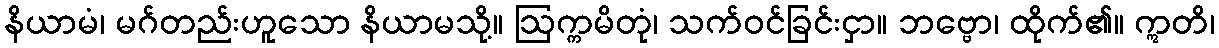
နိယာမံ၊ မဂ်တည်းဟူသော နိယာမသို့။ ဩက္ကမိတုံ၊ သက်ဝင်ခြင်းငှာ။ ဘဗ္ဗော၊ ထိုက်၏။ ဣတိ၊